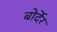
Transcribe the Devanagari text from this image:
बोर्देर